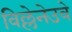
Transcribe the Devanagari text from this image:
विल्लेनेउवे